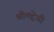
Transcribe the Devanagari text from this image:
श्रीमद्देवी